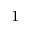
^ { 1 }